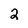
Character: 2